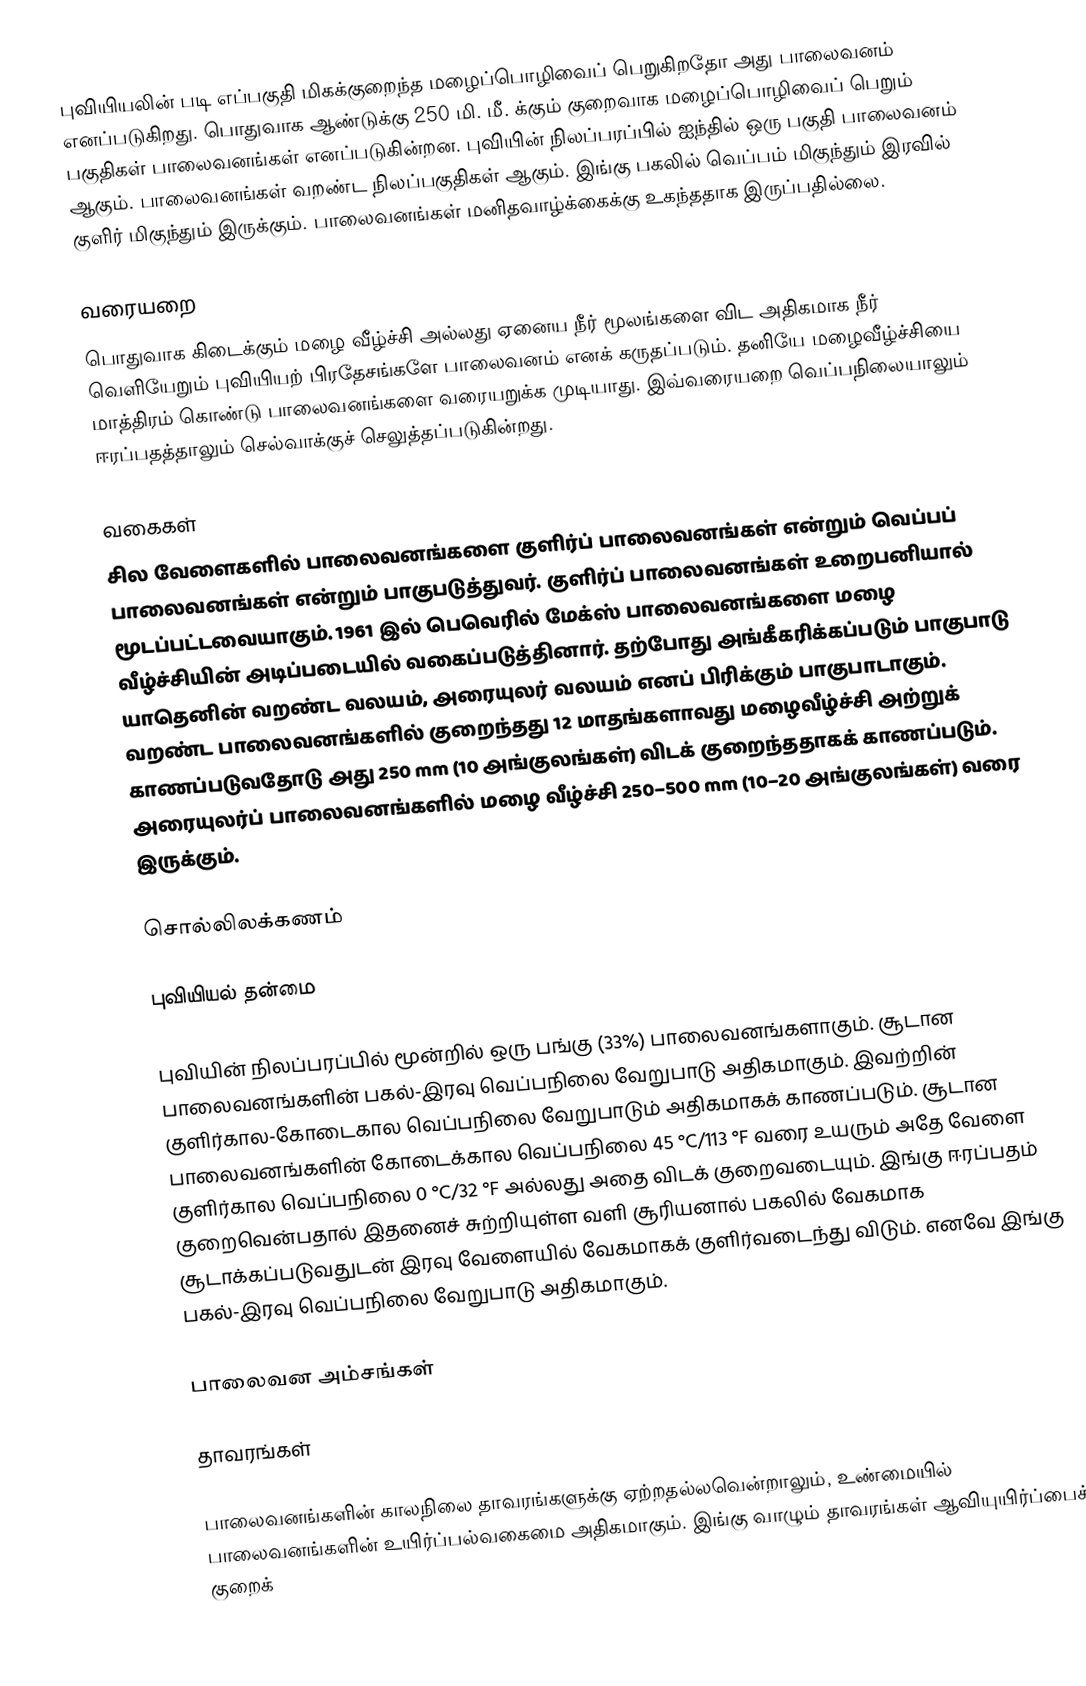
புவியியலின் படி எப்பகுதி மிகக்குறைந்த மழைப்பொழிவைப் பெறுகிறதோ அது பாலைவனம் எனப்படுகிறது. பொதுவாக ஆண்டுக்கு 250 மி. மீ. க்கும் குறைவாக மழைப்பொழிவைப் பெறும் பகுதிகள் பாலைவனங்கள் எனப்படுகின்றன. புவியின் நிலப்பரப்பில் ஐந்தில் ஒரு பகுதி பாலைவனம் ஆகும். பாலைவனங்கள் வறண்ட நிலப்பகுதிகள் ஆகும். இங்கு பகலில் வெப்பம் மிகுந்தும் இரவில் குளிர் மிகுந்தும் இருக்கும். பாலைவனங்கள் மனிதவாழ்க்கைக்கு உகந்ததாக இருப்பதில்லை.

வரையறை
பொதுவாக கிடைக்கும் மழை வீழ்ச்சி அல்லது ஏனைய நீர் மூலங்களை விட அதிகமாக நீர் வெளியேறும் புவியியற் பிரதேசங்களே பாலைவனம் எனக் கருதப்படும். தனியே மழைவீழ்ச்சியை மாத்திரம் கொண்டு பாலைவனங்களை வரையறுக்க முடியாது. இவ்வரையறை வெப்பநிலையாலும் ஈரப்பதத்தாலும் செல்வாக்குச் செலுத்தப்படுகின்றது.

வகைகள்
சில வேளைகளில் பாலைவனங்களை குளிர்ப் பாலைவனங்கள் என்றும் வெப்பப் பாலைவனங்கள் என்றும் பாகுபடுத்துவர். குளிர்ப் பாலைவனங்கள் உறைபனியால் மூடப்பட்டவையாகும். 1961 இல் பெவெரில் மேக்ஸ் பாலைவனங்களை மழை வீழ்ச்சியின் அடிப்படையில் வகைப்படுத்தினார். தற்போது அங்கீகரிக்கப்படும் பாகுபாடு யாதெனின் வறண்ட வலயம், அரையுலர் வலயம் எனப் பிரிக்கும் பாகுபாடாகும். வறண்ட பாலைவனங்களில் குறைந்தது 12 மாதங்களாவது மழைவீழ்ச்சி அற்றுக் காணப்படுவதோடு அது 250 mm (10 அங்குலங்கள்) விடக் குறைந்ததாகக் காணப்படும். அரையுலர்ப் பாலைவனங்களில் மழை வீழ்ச்சி 250–500 mm (10–20 அங்குலங்கள்) வரை இருக்கும்.

சொல்லிலக்கணம்

புவியியல் தன்மை

புவியின் நிலப்பரப்பில் மூன்றில் ஒரு பங்கு (33%) பாலைவனங்களாகும். சூடான பாலைவனங்களின் பகல்-இரவு வெப்பநிலை வேறுபாடு அதிகமாகும். இவற்றின் குளிர்கால-கோடைகால வெப்பநிலை வேறுபாடும் அதிகமாகக் காணப்படும். சூடான பாலைவனங்களின் கோடைக்கால வெப்பநிலை 45 °C/113 °F வரை உயரும் அதே வேளை குளிர்கால வெப்பநிலை 0 °C/32 °F அல்லது அதை விடக் குறைவடையும். இங்கு ஈரப்பதம் குறைவென்பதால் இதனைச் சுற்றியுள்ள வளி சூரியனால் பகலில் வேகமாக சூடாக்கப்படுவதுடன் இரவு வேளையில் வேகமாகக் குளிர்வடைந்து விடும். எனவே இங்கு பகல்-இரவு வெப்பநிலை வேறுபாடு அதிகமாகும்.

பாலைவன அம்சங்கள்

தாவரங்கள்

பாலைவனங்களின் காலநிலை தாவரங்களுக்கு ஏற்றதல்லவென்றாலும், உண்மையில் பாலைவனங்களின் உயிர்ப்பல்வகைமை அதிகமாகும். இங்கு வாழும் தாவரங்கள் ஆவியுயிர்ப்பைக் குறைக்